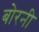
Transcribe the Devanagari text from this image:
बोरनी